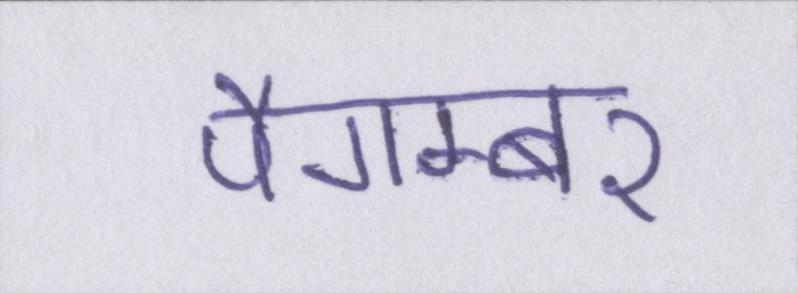
पैगम्बर